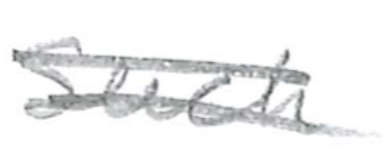
Text: dinnerware
Cross-out: double-line
Writing tool: pencil